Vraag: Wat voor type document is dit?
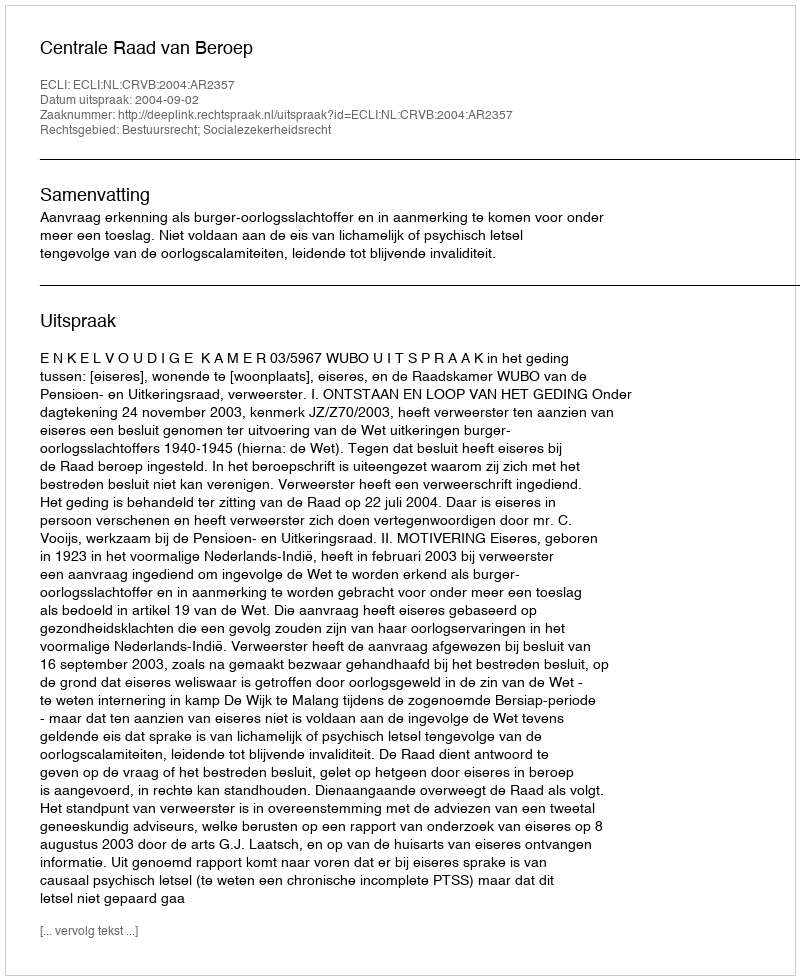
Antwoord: Uitspraak